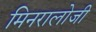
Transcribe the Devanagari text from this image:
मिनरालोजी